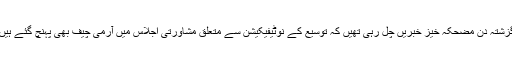
گزشتہ دن مضحکہ خیز خبریں چل رہی تھیں کہ توسیع کے نوٹیفیکیشن سے متعلق مشاورتی اجلاس میں آرمی چیف بھی پہنچ گئے ہیں۔